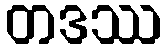
တဒဿ